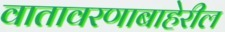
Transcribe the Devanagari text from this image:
वातावरणाबाहेरील